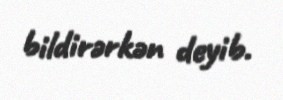
bildirərkən deyib.